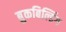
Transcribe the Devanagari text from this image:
बुकबिल्डिंग